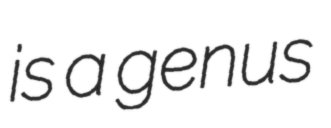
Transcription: is a genus